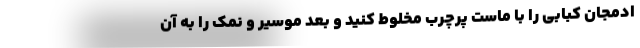
ادمجان کبابی را با ماست پرچرب مخلوط کنید و بعد موسیر و نمک را به آن